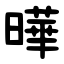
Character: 曄